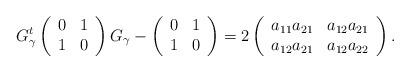
LaTeX: \begin{align*}G_\gamma^t \left(\begin{array}{c}0\\1\end{array}\begin{array}{cc}1\\0\end{array}\right)G_\gamma - \left(\begin{array}{c}0\\1\end{array}\begin{array}{cc}1\\0\end{array}\right)=2\left(\begin{array}{c}a_{11}a_{21}\\a_{12}a_{21}\end{array}\begin{array}{cc}a_{12}a_{21}\\a_{12}a_{22}\end{array}\right).\end{align*}